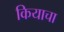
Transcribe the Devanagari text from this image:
कियाचा